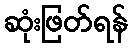
ဆုံးဖြတ်ရန်